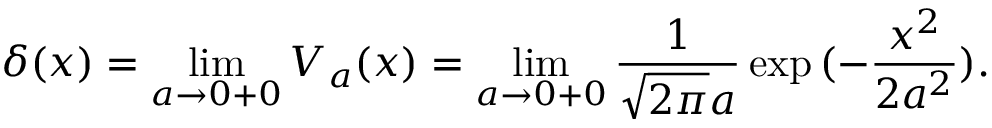
\delta ( x ) = \operatorname* { l i m } _ { a \to 0 + 0 } V _ { a } ( x ) = \operatorname* { l i m } _ { a \to 0 + 0 } \frac { 1 } { \sqrt { 2 \pi } a } \exp { ( - \frac { x ^ { 2 } } { 2 a ^ { 2 } } ) } .